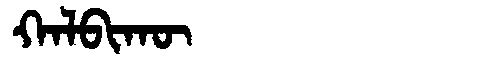
Manchu: ᡴᠠᠯᠪᡳᡴᡡ
Romanization: KALBIKŪ